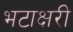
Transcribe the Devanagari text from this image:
भटाक्षरी